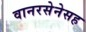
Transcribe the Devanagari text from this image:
वानरसेनेसह